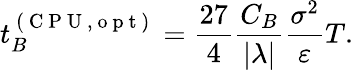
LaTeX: t_{B}^{\mathrm{~(~C~P~U~,~o~p~t~)~}}=\frac{27}{4}\frac{C_{B}}{|\lambda|}\frac{\sigma^{2}}{\varepsilon}T.